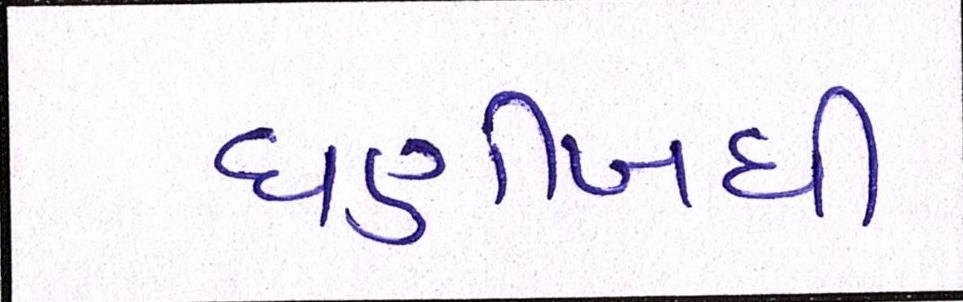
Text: ઘણીબધી